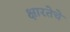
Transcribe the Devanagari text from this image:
क्षारतेचे